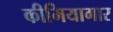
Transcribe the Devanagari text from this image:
कीमियागार